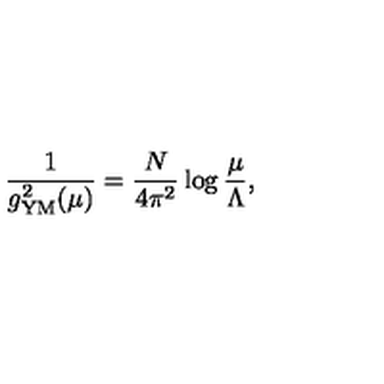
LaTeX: \frac { 1 } { g _ { \mathrm { Y M } } ^ { 2 } ( \mu ) } = \frac { N } { 4 \pi ^ { 2 } } \log \frac { \mu } { \Lambda } ,